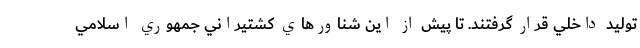
توليد داخلي قرار گرفتند. تا پيش از اين شناورهاي كشتيراني جمهوري اسلامي